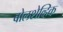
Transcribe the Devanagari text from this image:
बोलशेव्हिक